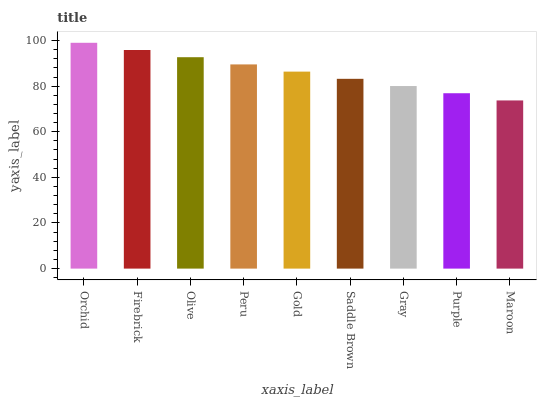
| xaxis_label | bars |
 | --- | --- |
 | Orchid | 99 |
 | Firebrick | 95.8 |
 | Olive | 92.7 |
 | Peru | 89.5 |
 | Gold | 86.4 |
 | Saddle Brown | 83.2 |
 | Gray | 80 |
 | Purple | 76.9 |
 | Maroon | 73.7 |